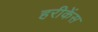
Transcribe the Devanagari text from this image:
हरीकेंस